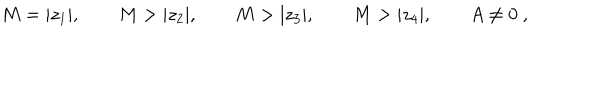
LaTeX: M = | z _ { 1 } | , \qquad M > | z _ { 2 } | , \qquad M > | z _ { 3 } | , \qquad M > | z _ { 4 } | , \qquad A \neq 0 \ ,